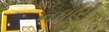
નધારો